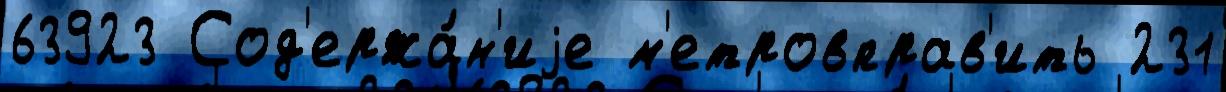
63923 Сод'ержа́н'иjе м'етровправ'ить 231